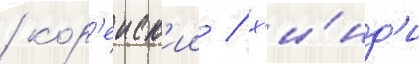
/ кор'еиск'ии / х'и́нд'и